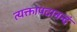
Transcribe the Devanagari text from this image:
त्यक्तापदानन्दं